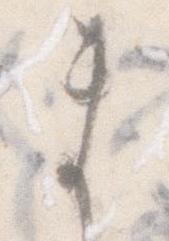
ま